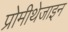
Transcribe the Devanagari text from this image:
प्रोमीथेजाइन